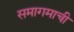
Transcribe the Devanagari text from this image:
समागमाची